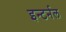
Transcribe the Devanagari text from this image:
इन्टर्नल